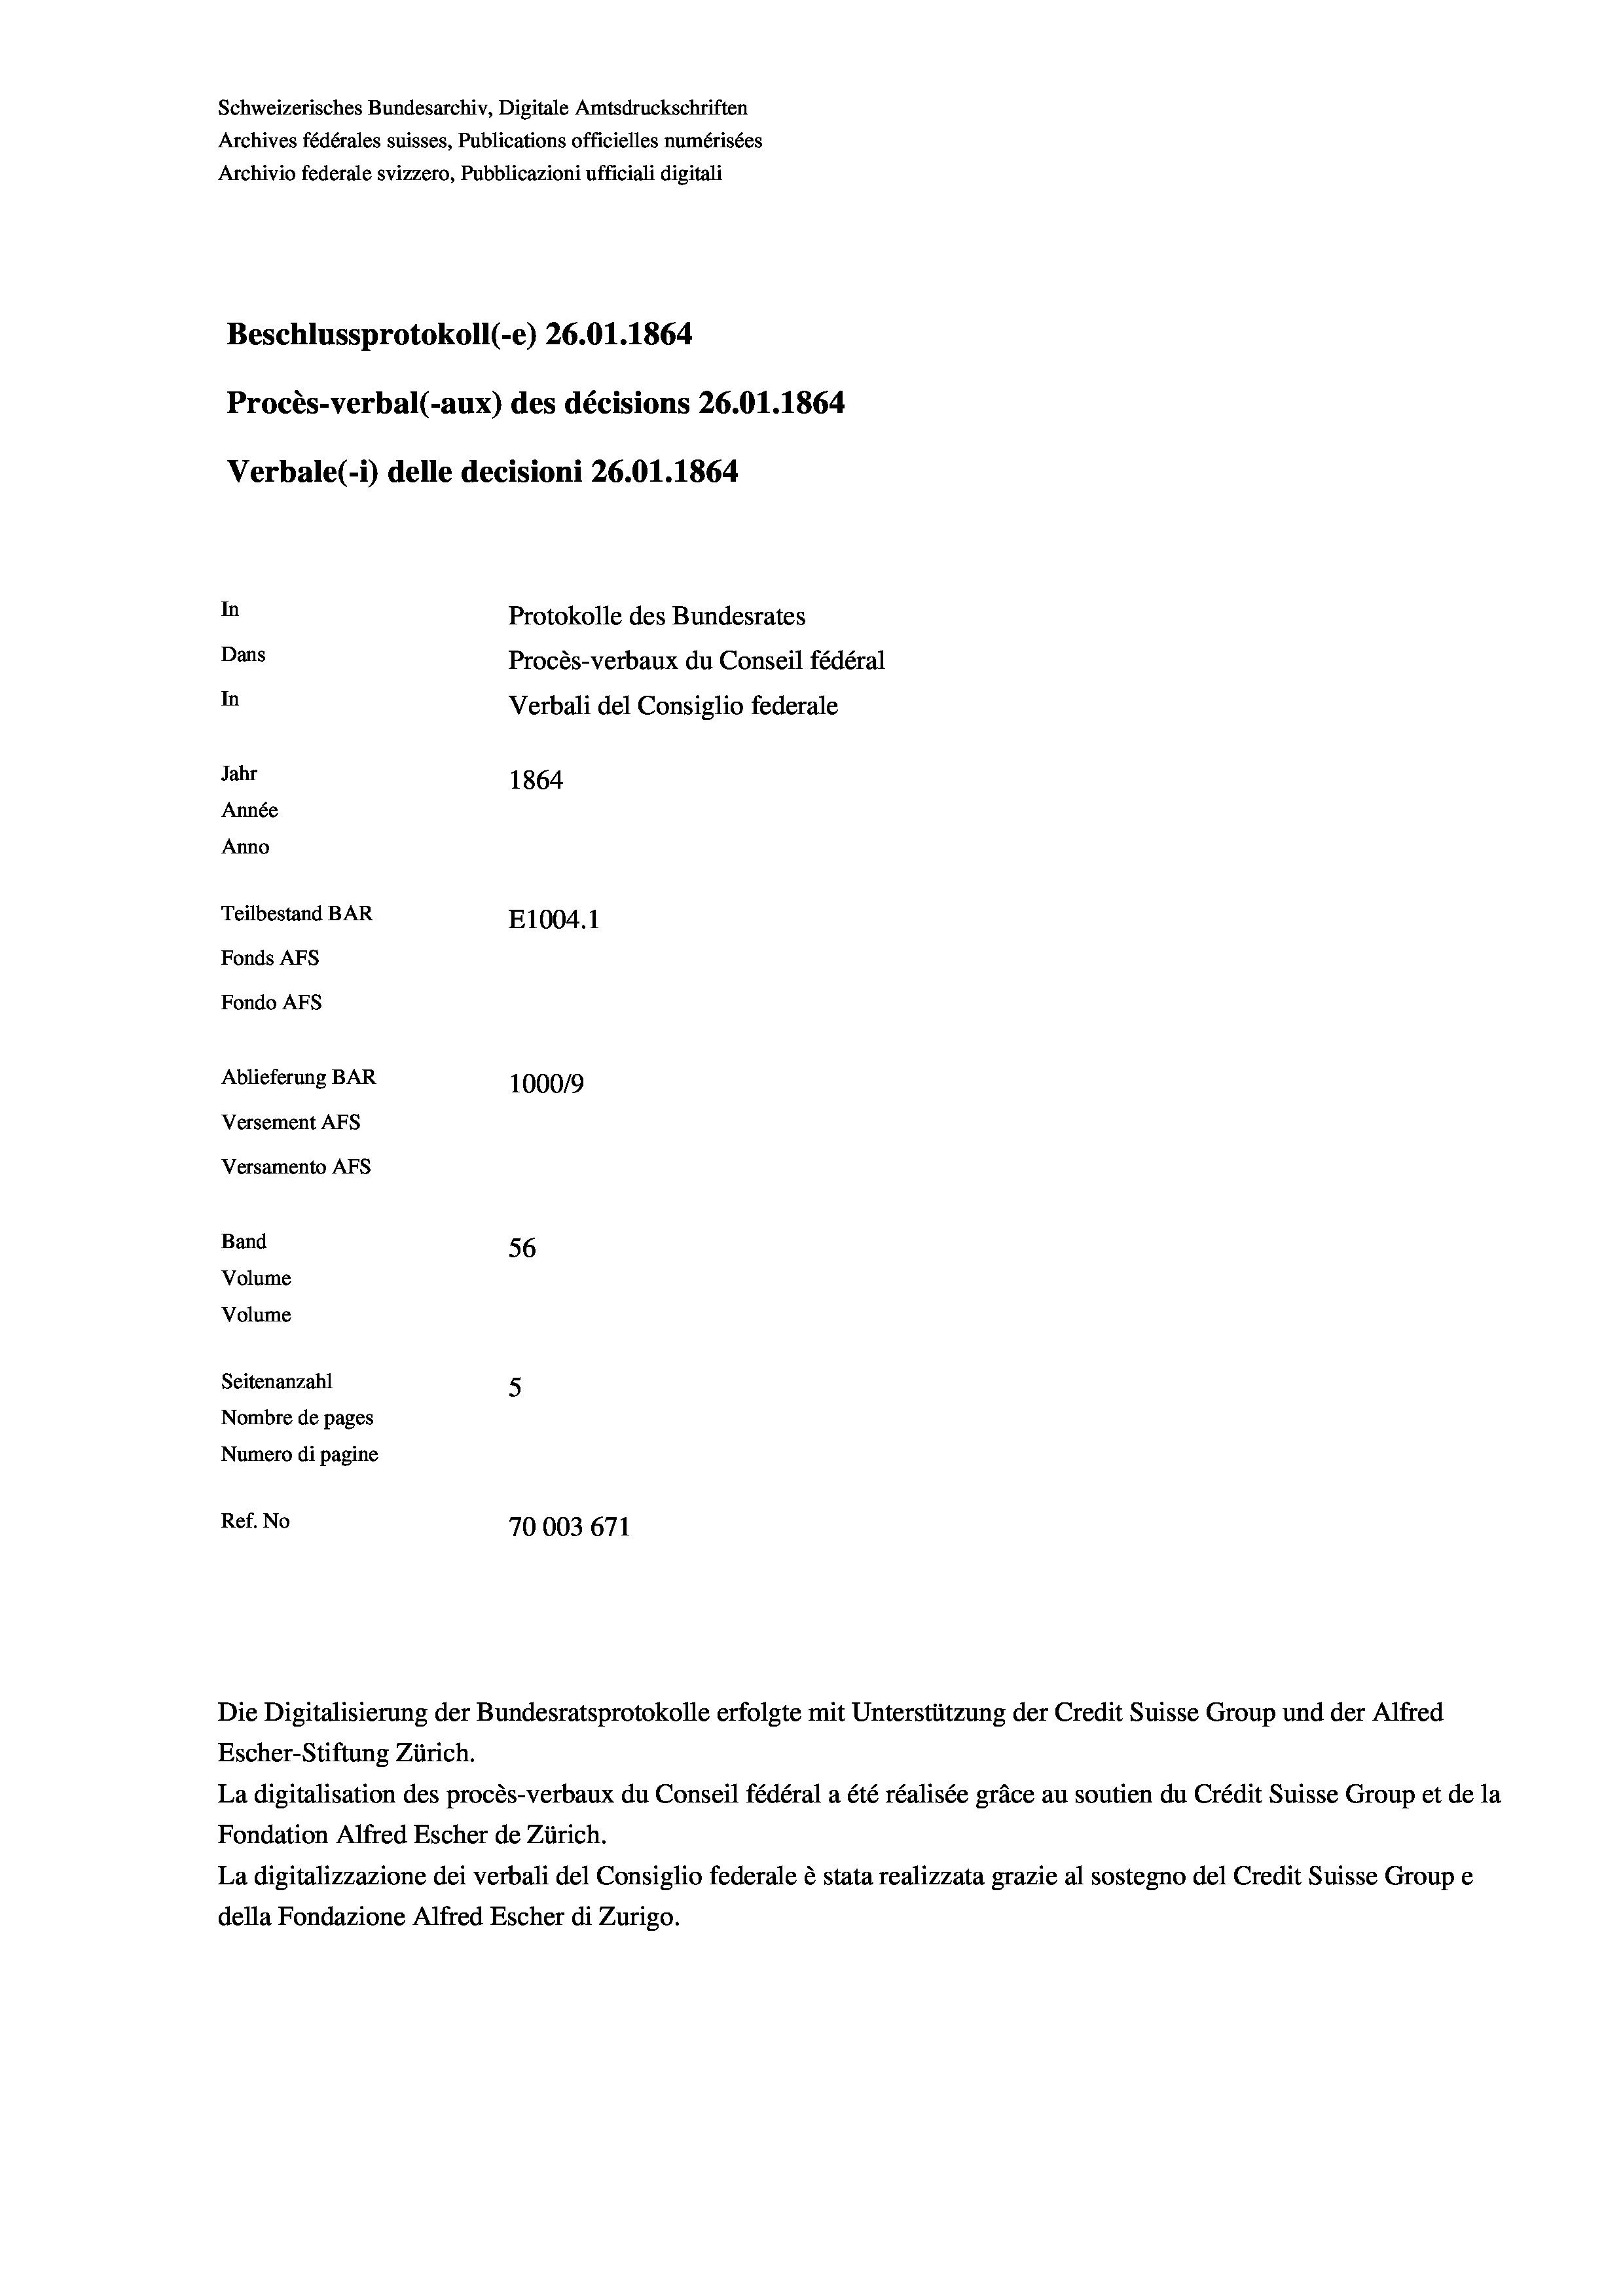
Schweizerisches Bundesarchiv, Digitale Amtsdruckschriften
Archives fédérales suisses, Publications officielles numérisées
Beschlussprotokoll (-e) 26.01. 1864
Procès-verbal (-aux) des décisions 26.01. 1864
Verbale (i) delle decisioni 26.01. 1864
In
Protokolle des Bundesrates
Dans
Procès-verbaux du Conseil fédéral
In
Verbali del Consiglio federale
Jahr
1864
Année
Anno
Teilbestand BAR
E1004. 1
Fonds Afs
Fondo AFs
Ablieferung BAR
100019
Versement AFs

Versamento Afs
Band
Volume
Volume
Seitenanzahl
Nombre de pages

Archivio federale svizzero, Pubblicazioni ufficiali digitali

56
5
Numero di pagine
Ref. No
70003671

La digitalisation des procès-verbaux du Conseil fédéral a été réalisée gräce au soutien du Crédit Suisse Group et de la
Fondation Alfred Escher de Zürich.
La digitalizzazione dei verbali del Consiglio federale è stata realizzata grazie al sostegno del Credit Suisse Groupe
della Fondazione Alfred Escher di Zurigo.

Die Digitalisierung der Bundesratsprotokolle erfolgte mit Unterstützung der Credit Suisse Group und der Alfred
Escher-Stiftung Zürich.